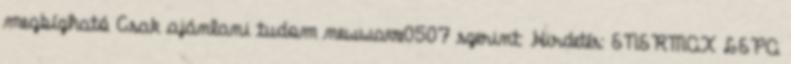
megbízható Csak ajánlani tudom newwave0507 szerint: Hirdetés: ENERMAX LEPA